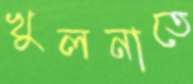
খুলনাতে